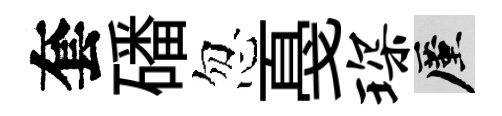
套磻忽戞琛厪